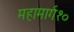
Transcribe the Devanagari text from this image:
महामार्ग१०